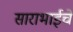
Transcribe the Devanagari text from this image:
साराभाईचे